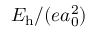
E _ { \mathrm { h } } / ( e a _ { 0 } ^ { 2 } )